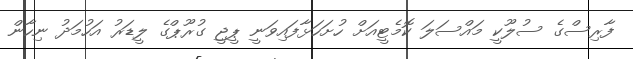
ފާރިސްގެ ސުލޫކީ މައްސަލަ ކޮމެޓީއަށް ހުށަހަޅާފައިވަނީ ޕީޖީ ގުރޫޕްގެ ލީޑަރު އަހުމަދު ނިހާން